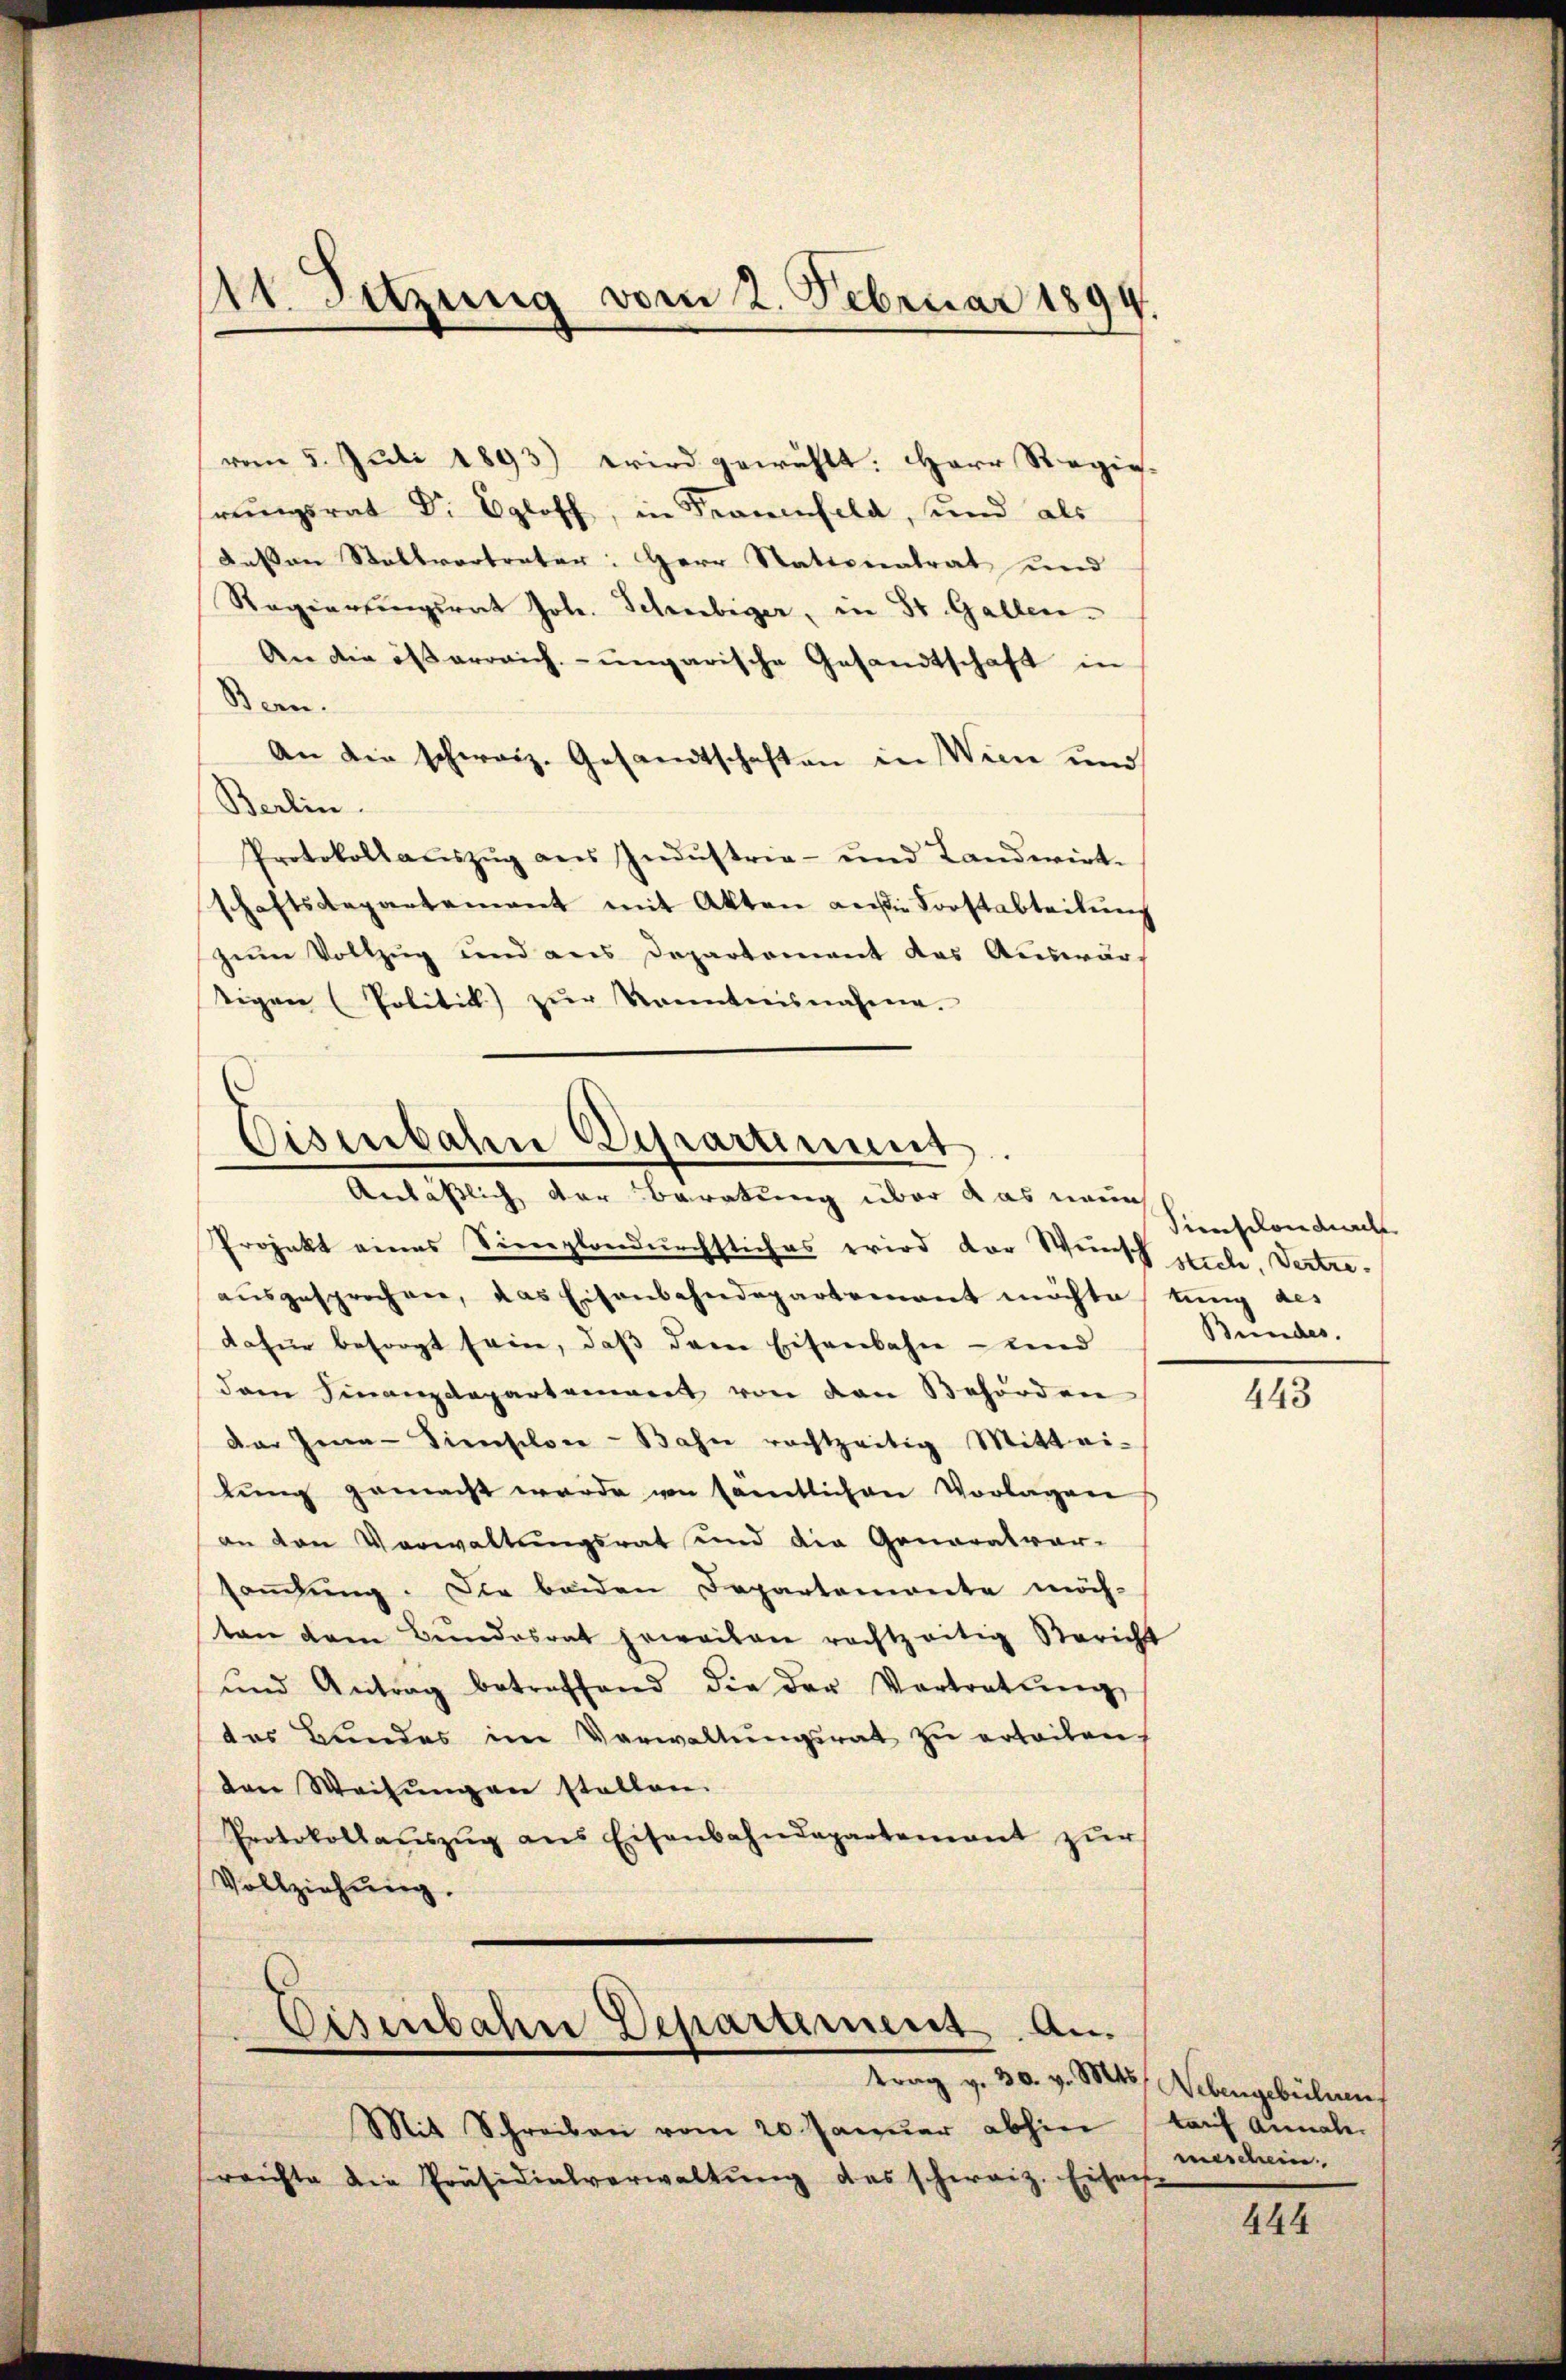
vom 5. Juli 1893) wird gewählt. Herr Regie-
rŭngsrat Dr Egloff, in Frauenfeld, und als
deßen Stellvertreter: Herr Stationalrat und
Regierungsrat Joh. Schriebiger, in St. Gallen.
An die österreich-ungarische Gesandtschaft in
Bern.
An die schweiz. Gesandtschaften in Wien und
Berlin.
Protokoll aŭszŭg ans Indŭstria- und Landwirt-
schaftsdepartement mit Akten ansi Forstabteilung
zum Vollzug und aus Departement das Auswarf
tigen (Politik) zŭr Kenntnisnahme.

11. Sitzung vom 2. Februar 1899.

Eisenbahn Departiment.
Anläßlich der Beratung über das neue

Eisenbahn Departement. An
trag v. 30. v. Mts. Nebengebühren

Projekt eines Sienglandurchstiches wird der Weinsch stich. Vertreaŭsgesprochen, das Eisenbahndepartement möchte tung des
dafür besorgt sein, daß dem Eisenbahn- und
dam Finanzdepartement von den Behörden
dar Jena-Sienschon - Bahn rechtzeitig Mittei-
lŭng gemacht werde von sämtlichen Vorlagen
an den Verwaltungsrat und die Generalvor-
sammlung. Die beiden Departemente möch-
ten dem Bundesrat jeweilen rechtzeitig Bericht
und Antrag betreffend die der Vortretŭng
tes Bundes im Verwaltŭngsrat zŭ erteilen.
den Weisŭngen stellen.
Protokollaŭszŭg ans Eisenbahndepartement zŭr
Vollziehung.

Mit Schreiben vom 20. Januar abhin
sreichte die Präsidialverwaltŭng des schweiz. Eisen

Tieselon durch
Bundes.

443

tauf Annale
meschein

444